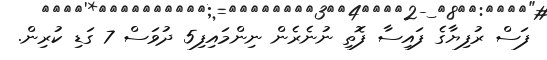
ފަސް ރުފިޔާގެ ފައިސާ ފޮތި ނުނެރެން ނިންމައިފި5 ދުވަސް 7 ގަޑި ކުރިން.